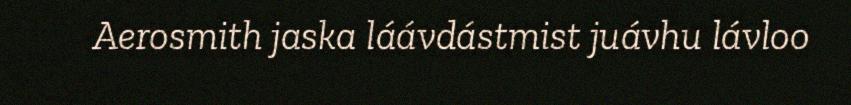
Aerosmith jaska láávdástmist juávhu lávloo